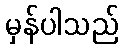
မှန်ပါသည်